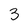
Character: 3